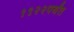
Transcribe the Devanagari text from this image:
१९२२पर्यंत